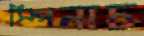
স্পিনাচ